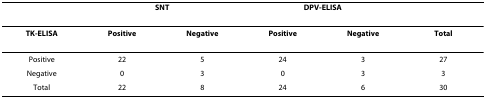
|  | <COLSPAN=2> SNT | <COLSPAN=2> DPV-ELISA |  |
 | --- | --- | --- | --- | --- | --- |
 | TK-ELISA | Positive | Negative | Positive | Negative | Total |
 | Positive | 22 | 5 | 24 | 3 | 27 |
 | Negative | 0 | 3 | 0 | 3 | 3 |
 | Total | 22 | 8 | 24 | 6 | 30 |